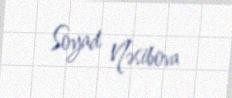
Soyad Nəsibova